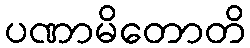
ပဏာမိတောတိ